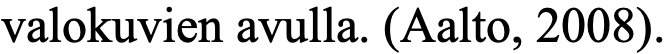
valokuvien avulla. (Aalto, 2008).